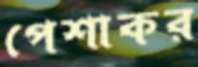
পেশাকর